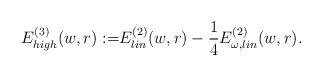
LaTeX: \begin{align*}\begin{aligned}E^{(3)}_{high}(w,r):=&E_{ lin}^{(2)}(w,r) -\frac{1}{4}E^{(2)}_{\omega, lin} (w,r). \\\end{aligned}\end{align*}